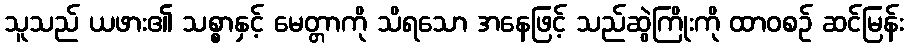
သူသည် ယဖား၏ သစ္စာနှင့် မေတ္တာကို သိရသော အနေဖြင့် သည်ဆွဲကြိုးကို ထာဝစဉ် ဆင်မြန်း